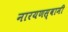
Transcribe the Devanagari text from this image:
नारयणस्वामी